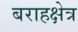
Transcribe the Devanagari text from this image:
बराहक्षेत्र